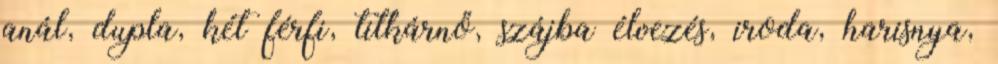
anál, dupla, két férfi, titkárnő, szájba élvezés, iroda, harisnya,